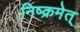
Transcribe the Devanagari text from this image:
निष्क्रमेत्